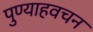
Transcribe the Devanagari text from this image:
पुण्याहवचन